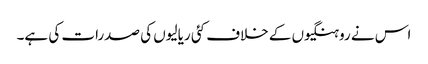
اس نے روہنگیوں کے خلاف کئی ریالیوں کی صدرات کی ہے۔